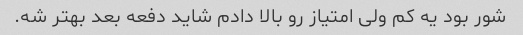
شور بود یه کم ولی امتیاز رو بالا دادم شاید دفعه بعد بهتر شه.